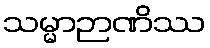
သမ္မာဉာဏိဿ